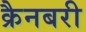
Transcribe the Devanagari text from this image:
क्रैनबरी